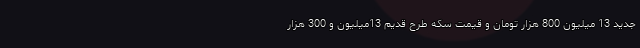
جدید 13 میلیون 800 هزار تومان و قیمت سکه طرح قدیم 13میلیون و 300 هزار